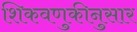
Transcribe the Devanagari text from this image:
शिकवणुकीनुसार